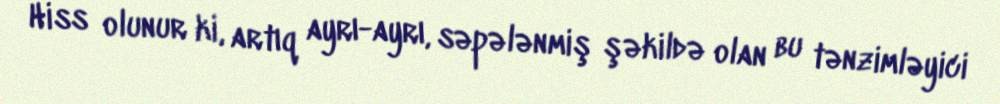
Hiss olunur ki, artıq ayrı-ayrı, səpələnmiş şəkildə olan bu tənzimləyici